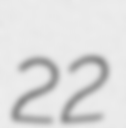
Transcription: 22